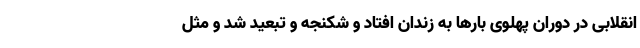
انقلابی در دوران پهلوی بارها به زندان افتاد و شکنجه و تبعید شد و مثل